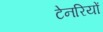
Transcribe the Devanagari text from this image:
टेनरियों